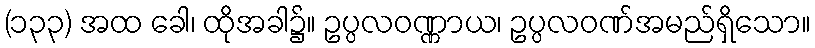
(၁၃၃) အထ ခေါ၊ ထိုအခါ၌။ ဥပ္ပလဝဏ္ဏာယ၊ ဥပ္ပလဝဏ်အမည်ရှိသော။